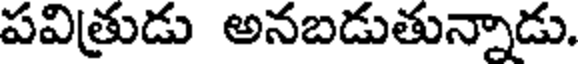
పవిత్రుడు అనబడుతున్నాడు.